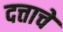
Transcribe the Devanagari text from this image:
दत्ताचें